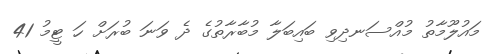
މައުލޫމާތު މުއްސަނދިވި ބައިބަލާ މުބާރާތުގެ ދެ ވަނަ ބުރަށް ހަ ޓީމު 41